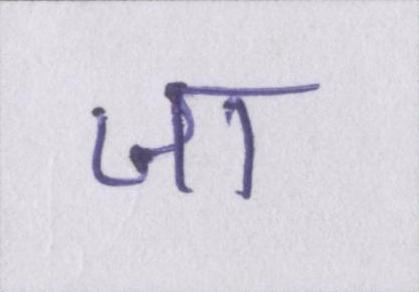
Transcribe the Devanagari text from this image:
जा